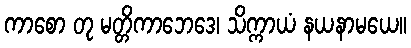
ကာစော တု မတ္တိကာဘေဒေ၊ သိက္ကာယံ နယနာမယေ။